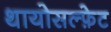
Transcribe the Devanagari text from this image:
थायोसल्फ़ेट